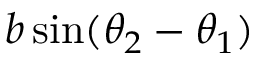
b \sin ( \theta _ { 2 } - \theta _ { 1 } )